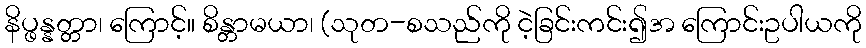
နိပ္ဖန္နတ္တာ၊ ကြောင့်။ စိန္တာမယာ၊ (သုတ-စသည်ကို ငဲ့ခြင်းကင်း၍အ ကြောင်းဥပါယကို